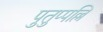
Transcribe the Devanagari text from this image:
पुतुप्पल्लि